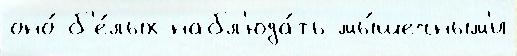
оно́ б'е́лых набл'юда́ть мы́шечным'и